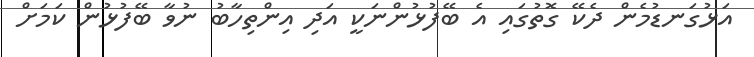
އަޅުގަނޑުމެން ދެކޭ ގޮތުގައި އެ ބޭފުޅުންނަކީ އަދި އިންތިހާބު ނުވާ ބޭފުޅުން ކަމަށް